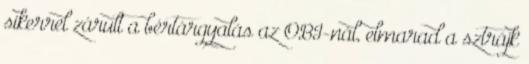
sikerrel zárult a bértárgyalás az OBI-nál, elmarad a sztrájk